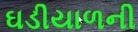
ઘડીયાળની